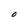
Character: O